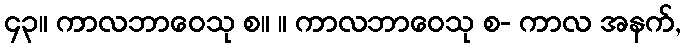
၄၃။ ကာလဘာဝေသု စ။ ။ ကာလဘာဝေသု စ- ကာလ အနက်,